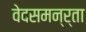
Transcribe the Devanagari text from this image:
वेदसमन्र्ता